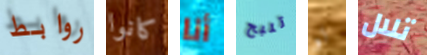
روابط كانوا أنا تنبح لو تلال